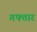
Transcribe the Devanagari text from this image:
गफ्तार